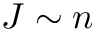
J \sim n